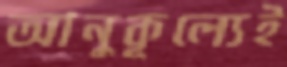
আনুকূল্যেই